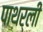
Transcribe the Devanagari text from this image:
पाथर्ली